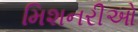
મિશનરીઓ